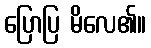
ပြောပြ မိလေ၏။